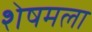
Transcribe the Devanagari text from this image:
शेषमला